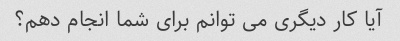
آیا کار دیگری می توانم برای شما انجام دهم؟